Civil Veterinary Dept. Bombay admin report 1893-99 - 1893-1899
Year: 1893
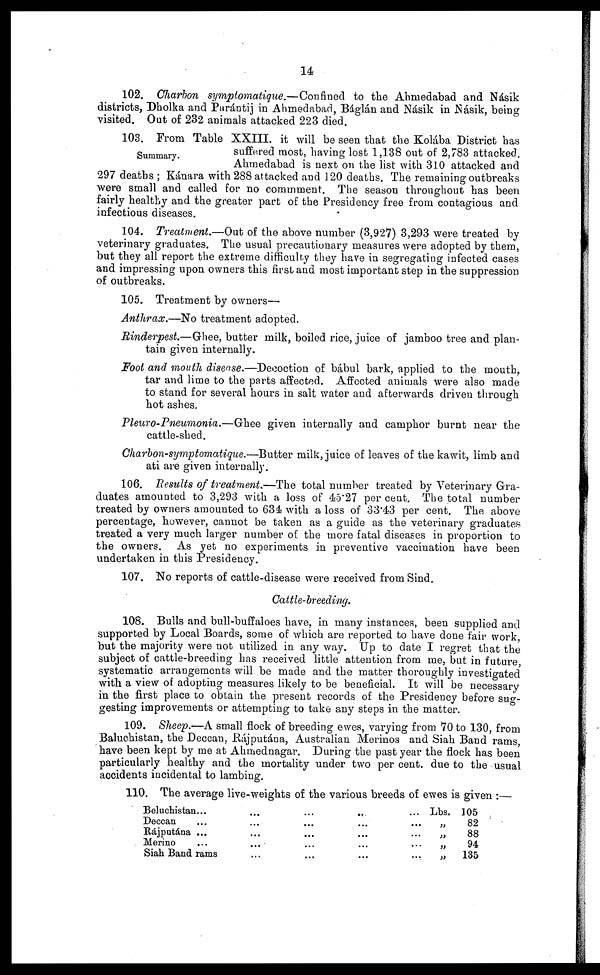
14
102. Charbon symptomatique.—Confined to the Ahmedabad and Nasik
districts, Dholka and Parántij in Ahmedabad, Báglán and Násik in Násik, being
visited. Out of 232 animals attacked 223 died.
Summary.
103. From Table XXIII. it will be seen that the Kolába District has
suffered most, having lost 1,138 out of 2,783 attacked.
Ahmedabad is next on the list with 31.0 attacked and
297 deaths ; Kánara with 288 attacked and 120 deaths. The remaining outbreaks
were small and called for no commment. The season throughout has been
fairly healthy and the greater part of the Presidency free from contagious and
infectious diseases.
104. Treatment.—Out of the above number (3,927) 3,293 were treated by
veterinary graduates. The usual precautionary measures were adopted by them,
but they all report the extreme difficulty they have in segregating infected cases
and impressing upon owners this first and most important step in the suppression
of outbreaks.
105. Treatment by owners—
Anthrax.—No treatment adopted.
Rinderpest.—Ghee, butter milk, boiled rice, juice of jamboo tree and plan-
tain given internally.
Foot and mouth disease.—Decoction of bábul bark, applied to the mouth,
tar and lime to the parts affected. Affected animals were also made
to stand for several hours in salt water and afterwards driven through
hot ashes.
Pleuro-Pneumonia.—Ghee given internally and camphor burnt near the
cattle-shed.
Charbon-symptomatique.—Butter milk, juice of leaves of the kawit, limb and
ati are given internally.
106. Results of treatment.—The total number treated by Veterinary Gra-
duates amounted to 3,293 with a loss of 45.27 per cent. The total number
treated by owners amounted to 634 with a loss of 33.43 per cent. The above
percentage, however, cannot be taken as a guide as the veterinary graduates
treated a very much larger number of the more fatal diseases in proportion to
the owners. As yet no experiments in preventive vaccination have been
undertaken in this Presidency.
107. No reports of cattle-disease were received from Sind.
Cattle-breeding.
108. Bulls and bull-buffaloes have, in many instances, been supplied and
supported by Local Boards, some of which are reported to have done fair work,
but the majority were not utilized in any way. Up to date I regret that the
subject of cattle-breeding has received little attention from me, but in future,
systematic arrangements will be made and the matter thoroughly investigated
with a view of adopting measures likely to be beneficial. It will be necessary
in the first place to obtain the present records of the Presidency before sug-
gesting improvements or attempting to take any steps in the matter.
109. Sheep.—A small flock of breeding ewes, varying from 70 to 130, from
Baluchistan, the Deccan, Rájputána, Australian Merinos and Siah Band rams,
have been kept by me at Ahmednagar. During the past year the flock has been
particularly healthy and the mortality under two per cent. due to the usual
accidents incidental to lambing.
110. The average live-weights of the various breeds of ewes is given :—
Beluchistan... ... ... ... ...
Deccan ... ... ... ... ...
Rájputána ... ... ... ... ...
Merino ... ... ... ... ...
Siah Band rams ... ... ... ...
Lbs.
„
„
„
„
105
82
88
94
135